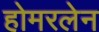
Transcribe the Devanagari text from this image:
होमरलेन